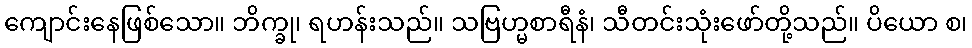
ကျောင်းနေဖြစ်သော။ ဘိက္ခု၊ ရဟန်းသည်။ သဗြဟ္မစာရီနံ၊ သီတင်းသုံးဖော်တို့သည်။ ပိယော စ၊